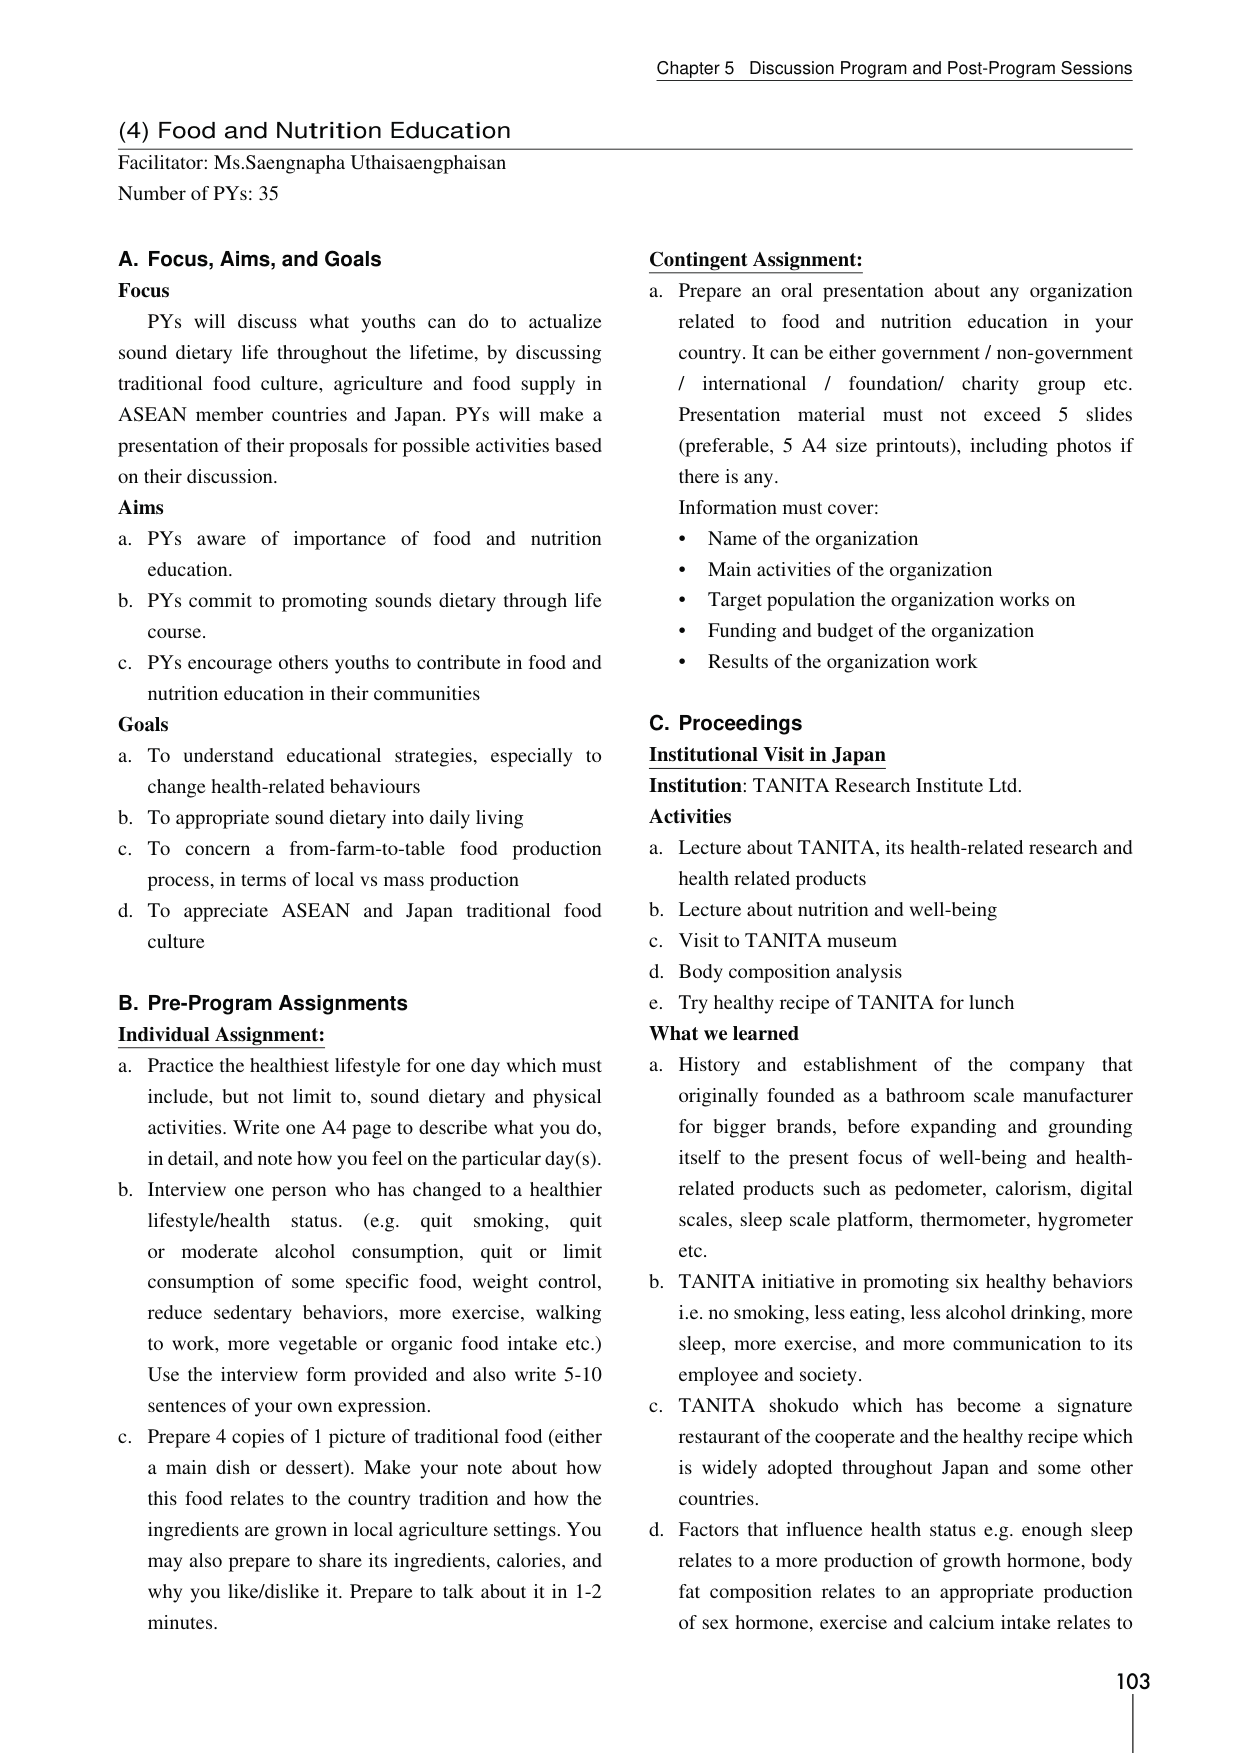
Chapter 5 Discussion Program and Post-Program Sessions

(4) Food and Nutrition Education
Facilitator: Ms.Saengnapha Uthaisaengphaisan
Number of PYs: 35

A. Focus, Aims, and Goals
Focus
PYs will discuss what youths can do to actualize sound dietary life throughout the lifetime, by discussing traditional food culture, agriculture and food supply in ASEAN member countries and Japan. PYs will make a presentation of their proposals for possible activities based on their discussion.

Aims
a. PYs aware of importance of food and nutrition education.
b. PYs commit to promoting sounds dietary through life course.
c. PYs encourage others youths to contribute in food and nutrition education in their communities

Goals
a. To understand educational strategies, especially to change health-related behaviours
b. To appropriate sound dietary into daily living
c. To concern a from-farm-to-table food production process, in terms of local vs mass production
d. To appreciate ASEAN and Japan traditional food culture

B. Pre-Program Assignments
Individual Assignment:
a. Practice the healthiest lifestyle for one day which must include, but not limit to, sound dietary and physical activities. Write one A4 page to describe what you do, in detail, and note how you feel on the particular day(s).
b. Interview one person who has changed to a healthier lifestyle/health status. (e.g. quit smoking, quit or moderate alcohol consumption, quit or limit consumption of some specific food, weight control, reduce sedentary behaviors, more exercise, walking to work, more vegetable or organic food intake etc.) Use the interview form provided and also write 5-10 sentences of your own expression.
c. Prepare 4 copies of 1 picture of traditional food (either a main dish or dessert). Make your note about how this food relates to the country tradition and how the ingredients are grown in local agriculture settings. You may also prepare to share its ingredients, calories, and why you like/dislike it. Prepare to talk about it in 1-2 minutes.

Contingent Assignment:
a. Prepare an oral presentation about any organization related to food and nutrition education in your country. It can be either government / non-government / international / foundation/ charity group etc. Presentation material must not exceed 5 slides (preferable, 5 A4 size printouts), including photos if there is any.
Information must cover:
• Name of the organization
• Main activities of the organization
• Target population the organization works on
• Funding and budget of the organization
• Results of the organization work

C. Proceedings
Institutional Visit in Japan
Institution: TANITA Research Institute Ltd.
Activities
a. Lecture about TANITA, its health-related research and health related products
b. Lecture about nutrition and well-being
c. Visit to TANITA museum
d. Body composition analysis
e. Try healthy recipe of TANITA for lunch

What we learned
a. History and establishment of the company that originally founded as a bathroom scale manufacturer for bigger brands, before expanding and grounding itself to the present focus of well-being and health-related products such as pedometer, calorism, digital scales, sleep scale platform, thermometer, hygrometer etc.
b. TANITA initiative in promoting six healthy behaviors i.e. no smoking, less eating, less alcohol drinking, more sleep, more exercise, and more communication to its employee and society.
c. TANITA shokudo which has become a signature restaurant of the cooperate and the healthy recipe which is widely adopted throughout Japan and some other countries.
d. Factors that influence health status e.g. enough sleep relates to a more production of growth hormone, body fat composition relates to an appropriate production of sex hormone, exercise and calcium intake relates to

103